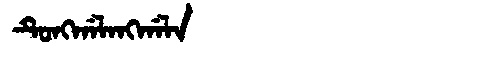
Manchu: ᡨᡠᠩᡤᠠᠯᠠᠩᡤᠠᠯᠠ
Romanization: TUNGGALANGGALA